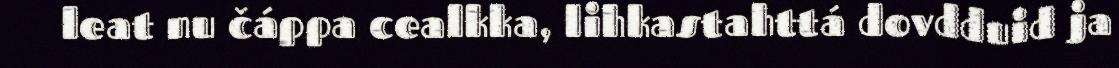
leat nu čáppa cealkka, lihkastahttá dovdduid ja